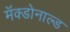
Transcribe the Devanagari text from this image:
मॅक्डोनाल्ड